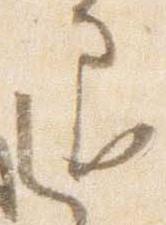
退